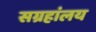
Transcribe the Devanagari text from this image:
सग्रहांलय